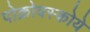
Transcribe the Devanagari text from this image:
पोक्रोवस्कोये